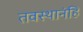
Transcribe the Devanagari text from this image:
तवस्थानंहि